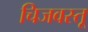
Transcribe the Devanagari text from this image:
चिजवस्तू